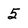
Character: 5